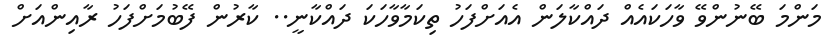
މަންމަ ބޭނުންވޭ ވާހަކައެއް ދައްކާލަން އެއަށްފަހު ތިކަމާވާހަކަ ދައްކާނީ.. ކާރުން ފޭބުމަށްފަހު ރާއިންއަށް